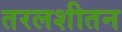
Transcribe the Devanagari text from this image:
तरलशीतन